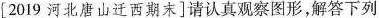
[2019河北唐山迁西期末]请认真观察图形，解答下列